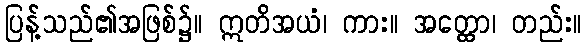
ပြန့်သည်၏အဖြစ်၌။ ဣတိအယံ၊ ကား။ အတ္ထော၊ တည်း။